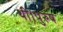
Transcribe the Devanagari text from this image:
थी।पुरुष